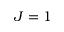
J = 1